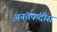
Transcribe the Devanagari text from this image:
अनंतफंदीस